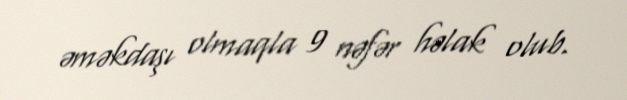
əməkdaşı olmaqla 9 nəfər həlak olub.